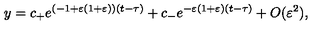
y = c _ { + } e ^ { ( - 1 + \varepsilon ( 1 + \varepsilon ) ) ( t - \tau ) } + c _ { - } e ^ { - \varepsilon ( 1 + \varepsilon ) ( t - \tau ) } + O ( \varepsilon ^ { 2 } ) ,